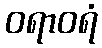
ဝရာဝရံ